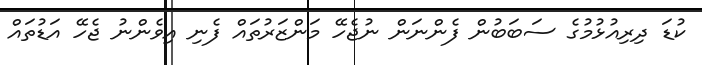
ކުޑަ ދިރިއުޅުމުގެ ސަބަބުން ފެންނަން ނުޖެހޭ މަންޒަރުތައް ފެނި އިވެންނު ޖެހޭ އަޑުތައް